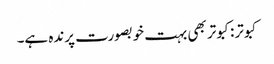
کبوتر:کبوتر بھی بہت خوبصورت پرندہ ہے۔